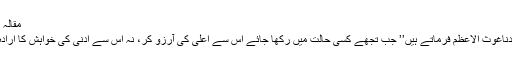
مقالہ 53)
* سیّدناغوث الاعظمؓ فرماتے ہیں’’ جب تجھے کسی حالت میں رکھا جائے اس سے اعلیٰ کی آرزو کر، نہ اس سے ادنیٰ کی خواہش کا ارادہ کر۔